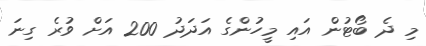
މި ދެ ބޯޓުން އައި މީހުންގެ އަދަދު 200 އަށް ވުރެ ގިނަ